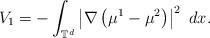
LaTeX: \begin{align*}V_{1}=-\int_{\mathbb{T}^{d}}\left|\nabla\left(\mu^{1}-\mu^{2}\right)\right|^{2}\ dx.\end{align*}